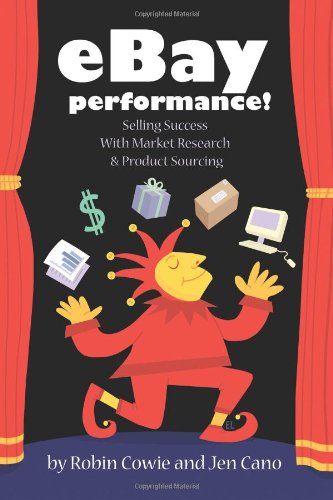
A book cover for eBay Performance!  Selling Success with Market Research and Product Sourcing; Robin Cowie; Computers & Technology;